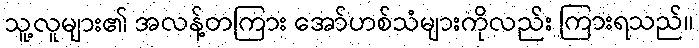
သူ့လူများ၏ အလန့်တကြား အော်ဟစ်သံများကိုလည်း ကြားရသည်။